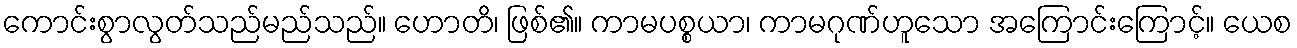
ကောင်းစွာလွတ်သည်မည်သည်။ ဟောတိ၊ ဖြစ်၏။ ကာမပစ္စယာ၊ ကာမဂုဏ်ဟူသော အကြောင်းကြောင့်။ ယေစ